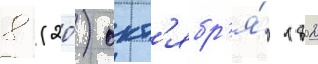
8 (20) окт'ябр'я́ 1802